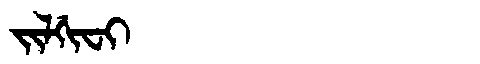
Manchu: ᠵᡳᠯᡤᡳᠸᡳ
Romanization: JILGIFI